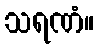
သရဏံ။